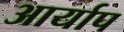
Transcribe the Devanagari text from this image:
आर्याप